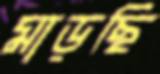
মাড়ছি